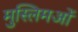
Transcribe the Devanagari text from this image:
मुस्लिमओं